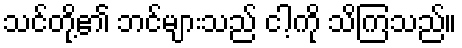
သင်တို့၏ ဘင်များသည် ငါ့ကို သိကြသည်။